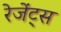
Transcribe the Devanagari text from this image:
रेजेंट्स